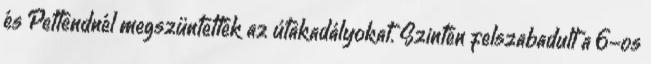
és Pettendnél megszüntették az útakadályokat. Szintén felszabadult a 6-os